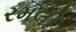
રમલી